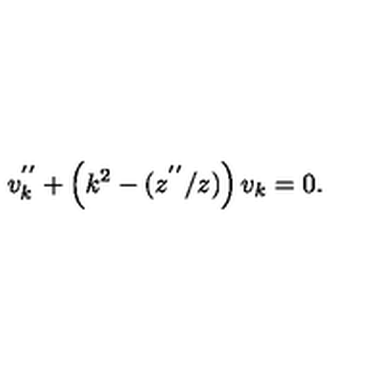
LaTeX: v _ { k } ^ { ' ^ { \prime } } + \left( k ^ { 2 } - ( z ^ { ' ^ { \prime } } / z ) \right) v _ { k } = 0 .